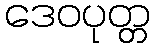
ဒေဝပုတ္တ